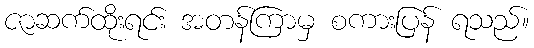
ဇာဆက်ထိုးရင်း အတန်ကြာမှ စကားပြန် ရသည်။